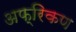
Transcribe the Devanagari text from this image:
अफ्रिकण